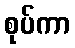
စုပ်ကာ